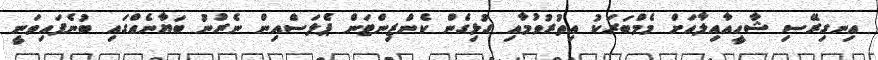
އިނގިރޭސި ޝާހީއާއިލާއަށް މެމްބަރަކު އިތުރުވުމާއި ގުޅިގެން ކެންޒިންޓަން ޕެލަސްއިން ނެރުނު ބަޔާނެއްގައި ބުނެފައިވަނީ